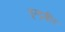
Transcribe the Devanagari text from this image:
इन्द्रबीर